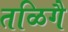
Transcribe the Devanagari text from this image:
तळिगै